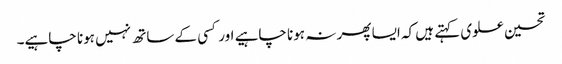
تحسین علوی کہتے ہیں کہ ایسا پھر نہ ہونا چاہیے اور کسی کے ساتھ نہیں ہونا چاہیے۔